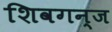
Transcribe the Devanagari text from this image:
शिवगन्ज